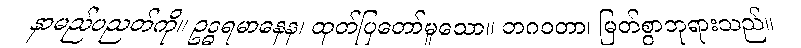
နာမည်ပညတ်ကို။ ဥဒ္ဓရမာနေန၊ ထုတ်ပြတော်မူသော။ ဘဂဝတာ၊ မြတ်စွာဘုရားသည်။